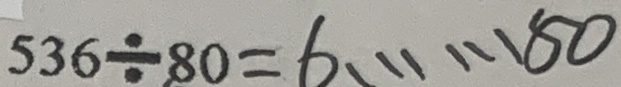
5 3 6 \div 8 0 = 6 \cdots 8 0